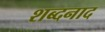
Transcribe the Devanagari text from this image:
शब्दनाद